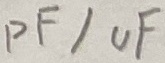
Text: pF/uF